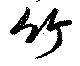
竹